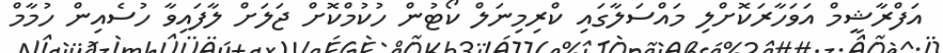
އަފްރާޝީމް އަވަހާރަކޮށްލި މައްސަލާގައި ކްރިމިނަލް ކޯޓުން ހުކުމްކޮށް ޖަލަށް ލާފައިވާ ހުސެއިން ހުމާމް